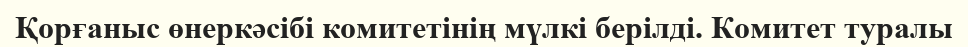
Қорғаныс өнеркәсібі комитетінің мүлкі берілді. Комитет туралы